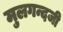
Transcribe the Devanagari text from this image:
मुलगन्दजी